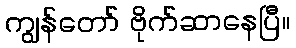
ကျွန်တော် ဗိုက်ဆာနေပြီ။